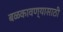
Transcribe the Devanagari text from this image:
बळकावण्यासाठी